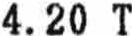
4.20 T